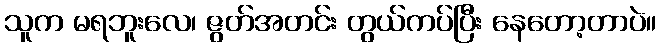
သူက မရဘူးလေ၊ ဇွတ်အတင်း တွယ်ကပ်ပြီး နေတော့တာပဲ။